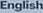
English